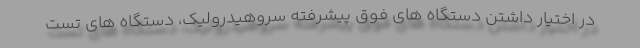
در اختیار داشتن دستگاه های فوق پیشرفته سروهیدرولیک، دستگاه های تست